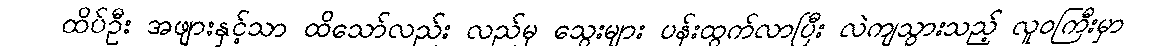
ထိပ်ဦး အဖျားနှင့်သာ ထိသော်လည်း လည်မှ သွေးများ ပန်းထွက်လာပြီး လဲကျသွားသည့် လူဝကြီးမှာ